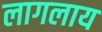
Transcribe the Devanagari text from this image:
लागलाय